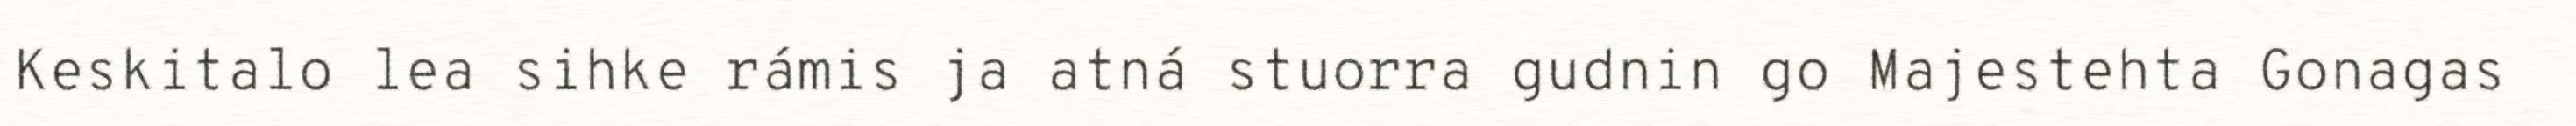
Keskitalo lea sihke rámis ja atná stuorra gudnin go Majestehta Gonagas